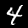
Digit: 4